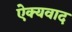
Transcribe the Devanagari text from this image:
ऐक्यवाद